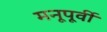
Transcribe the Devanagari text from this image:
मनूपूर्वी